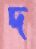
দ